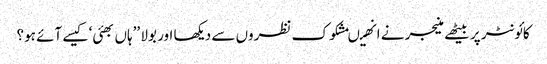
کائونٹر پر بیٹھے منیجر نے انھیںمشکوک نظروں سے دیکھا اور بولا ’’ہاں بھئی‘ کیسے آئے ہو؟